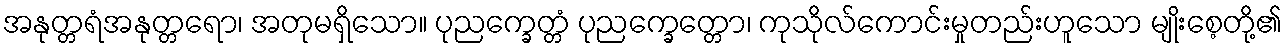
အနုတ္တရံအနုတ္တရော၊ အတုမရှိသော။ ပုညက္ခေတ္တံ ပုညက္ခေတ္တော၊ ကုသိုလ်ကောင်းမှုတည်းဟူသော မျိုးစေ့တို့၏